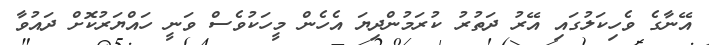
އޭނާގެ ވެހިކަލުގައި އޭރު ދަތުރު ކުރަމުންދިޔަ އެހެން މީހަކުވެސް ވަނީ ހައްޔަރުކޮށް ދައުވާ